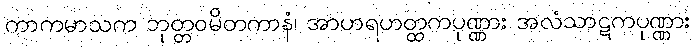
ကာကမာသက ဘုတ္တဝမိတကာနံ၊ အာဟရဟတ္ထကပုဏ္ဏား အလံသာဋကပုဏ္ဏား